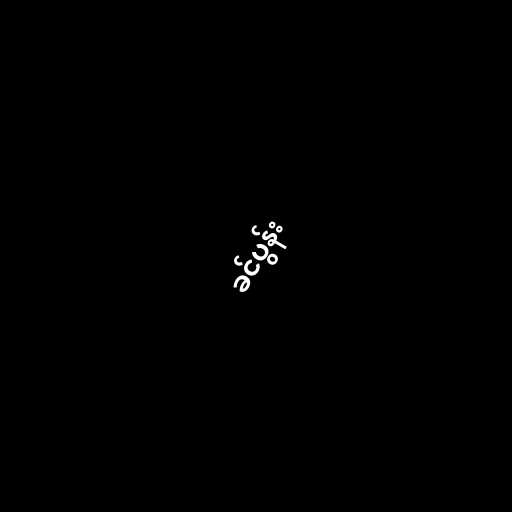
ခင်ပွန်း